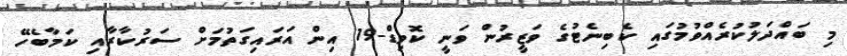
މި ބައްދަލުކުރެއްވުމުގައި ކެބިނެޓުގެ ވަޒީރުން ވަނީ ކޮވިޑް-19 އިން އަރައިގަތުމަށް ސަރުކާރާއި ކަމާބެހޭ